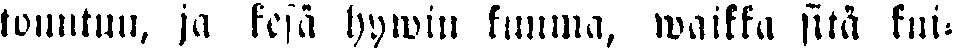
tountuu, ja kesä hywin kuuma, waikka sitä kui-